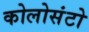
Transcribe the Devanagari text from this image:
कोलोसंटो